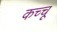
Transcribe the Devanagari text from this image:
कच्चू